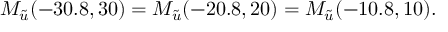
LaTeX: M _ { \tilde { u } } ( - 3 0 . 8 , 3 0 ) = M _ { \tilde { u } } ( - 2 0 . 8 , 2 0 ) = M _ { \tilde { u } } ( - 1 0 . 8 , 1 0 ) .